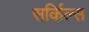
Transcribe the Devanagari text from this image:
सर्किल्स